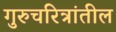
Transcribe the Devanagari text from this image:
गुरुचरित्रांतील